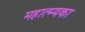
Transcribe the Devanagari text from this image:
महात्म्यका